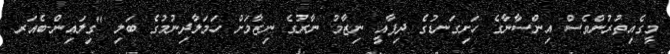
މީގެއިތުރުންވެސް އިންސާނާގެ ހަށިގަނޑުގެ ދިފާއީ ނިޒާމު ނާރުގެ ނިޒާމަށް ހަމަލާދިނުމުގެ ބަލި "ގިލައިން-ބެއަރ